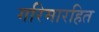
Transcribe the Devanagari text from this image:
गरिमारहित